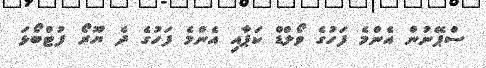
ސްޕޭނުން އެންމެ ފަހުގެ ވޯލްޑް ކަޕާއި އެންމެ ފަހުގެ ދެ ޔޫރޯ ފުޓްބޯޅަ